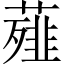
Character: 薤